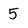
Character: 5